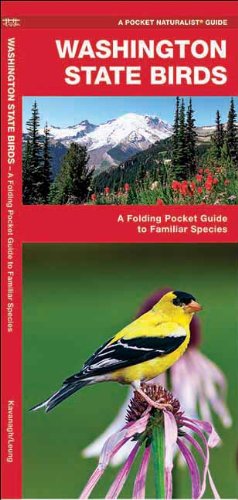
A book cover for Washington State Birds: A Folding Pocket Guide to Familiar Species (Pocket Naturalist Guide Series); James Kavanagh; Travel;